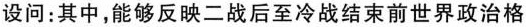
设问：其中，能够反映二战后至冷战结束前世界政治格